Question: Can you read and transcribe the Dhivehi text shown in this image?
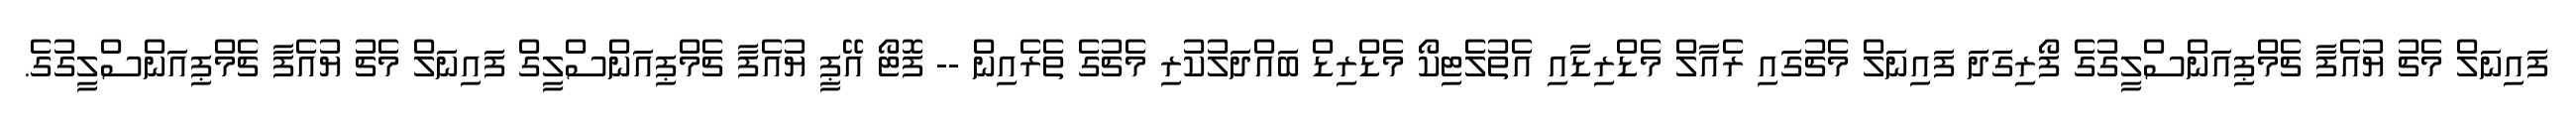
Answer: ފައިނަލް މެޗު ޔުއެފާ ޗެމްޕިއަންސްލީގުގެ ފޯރިގަދަ ފައިނަލް މެޗުގައި ރެއާލް މެޑްރިޑާއި އެތުލެޓިކޯ މެޑްރިޑް ބައްދަލުކުރި މެޗުގެ ތެރެއިން -- ފޮޓޯ އޭޕީ ޔުއެފާ ޗެމްޕިއަންސްލީގް ފައިނަލް މެޗު ޔުއެފާ ޗެމްޕިއަންސްލީގުގެ.